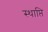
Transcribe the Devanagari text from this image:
स्थाप्ति